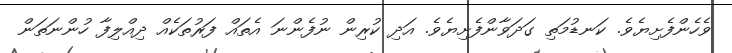
ވެހެންފެށިޔެވެ. ކަނޑުމަތި ގަދަވާންފެށިޔެވެ. އަދި ކުރިން ނުފެންނަ އެތައް ފަރުތަކެއް ދިއްލިފާ ހުންނަތަން